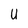
Character: U